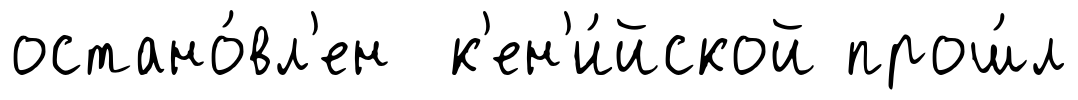
остано́вл'ен к'ен'и́йской прош́л